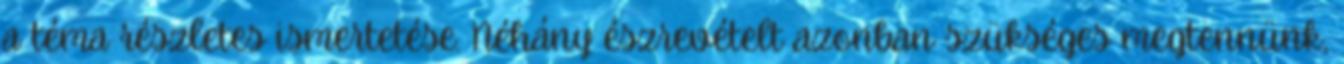
a téma részletes ismertetése. Néhány észrevételt azonban szükséges megtennünk,